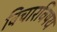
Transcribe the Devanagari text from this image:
विचारविषय